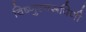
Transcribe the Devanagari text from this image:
विष्णुस्वरूपिणी